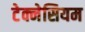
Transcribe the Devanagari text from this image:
टेक्नेसियम